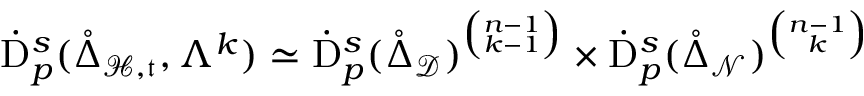
\begin{array} { r } { \dot { \mathrm { D } } _ { p } ^ { s } ( \mathring { \Delta } _ { \mathcal { H , \mathfrak { t } } } , \Lambda ^ { k } ) \simeq \dot { \mathrm { D } } _ { p } ^ { s } ( \mathring { \Delta } _ { \mathcal { D } } ) ^ { \binom { n - 1 } { k - 1 } } \times \dot { \mathrm { D } } _ { p } ^ { s } ( \mathring { \Delta } _ { \mathcal { N } } ) ^ { \binom { n - 1 } { k } } } \end{array}